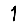
Digit: 1